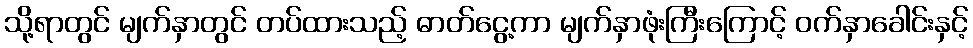
သို့ရာတွင် မျက်နှာတွင် တပ်ထားသည့် ဓာတ်ငွေ့ကာ မျက်နှာဖုံးကြီးကြောင့် ဝက်နှာခေါင်းနှင့်